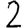
Digit: 2